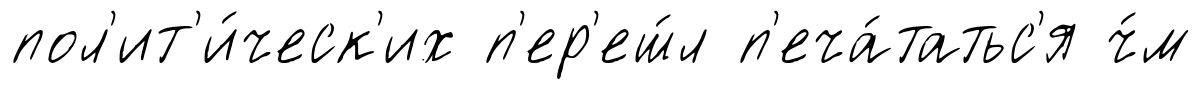
пол'ит'и́ческ'их п'ер'еш́л п'еча́татьс'я ч́м